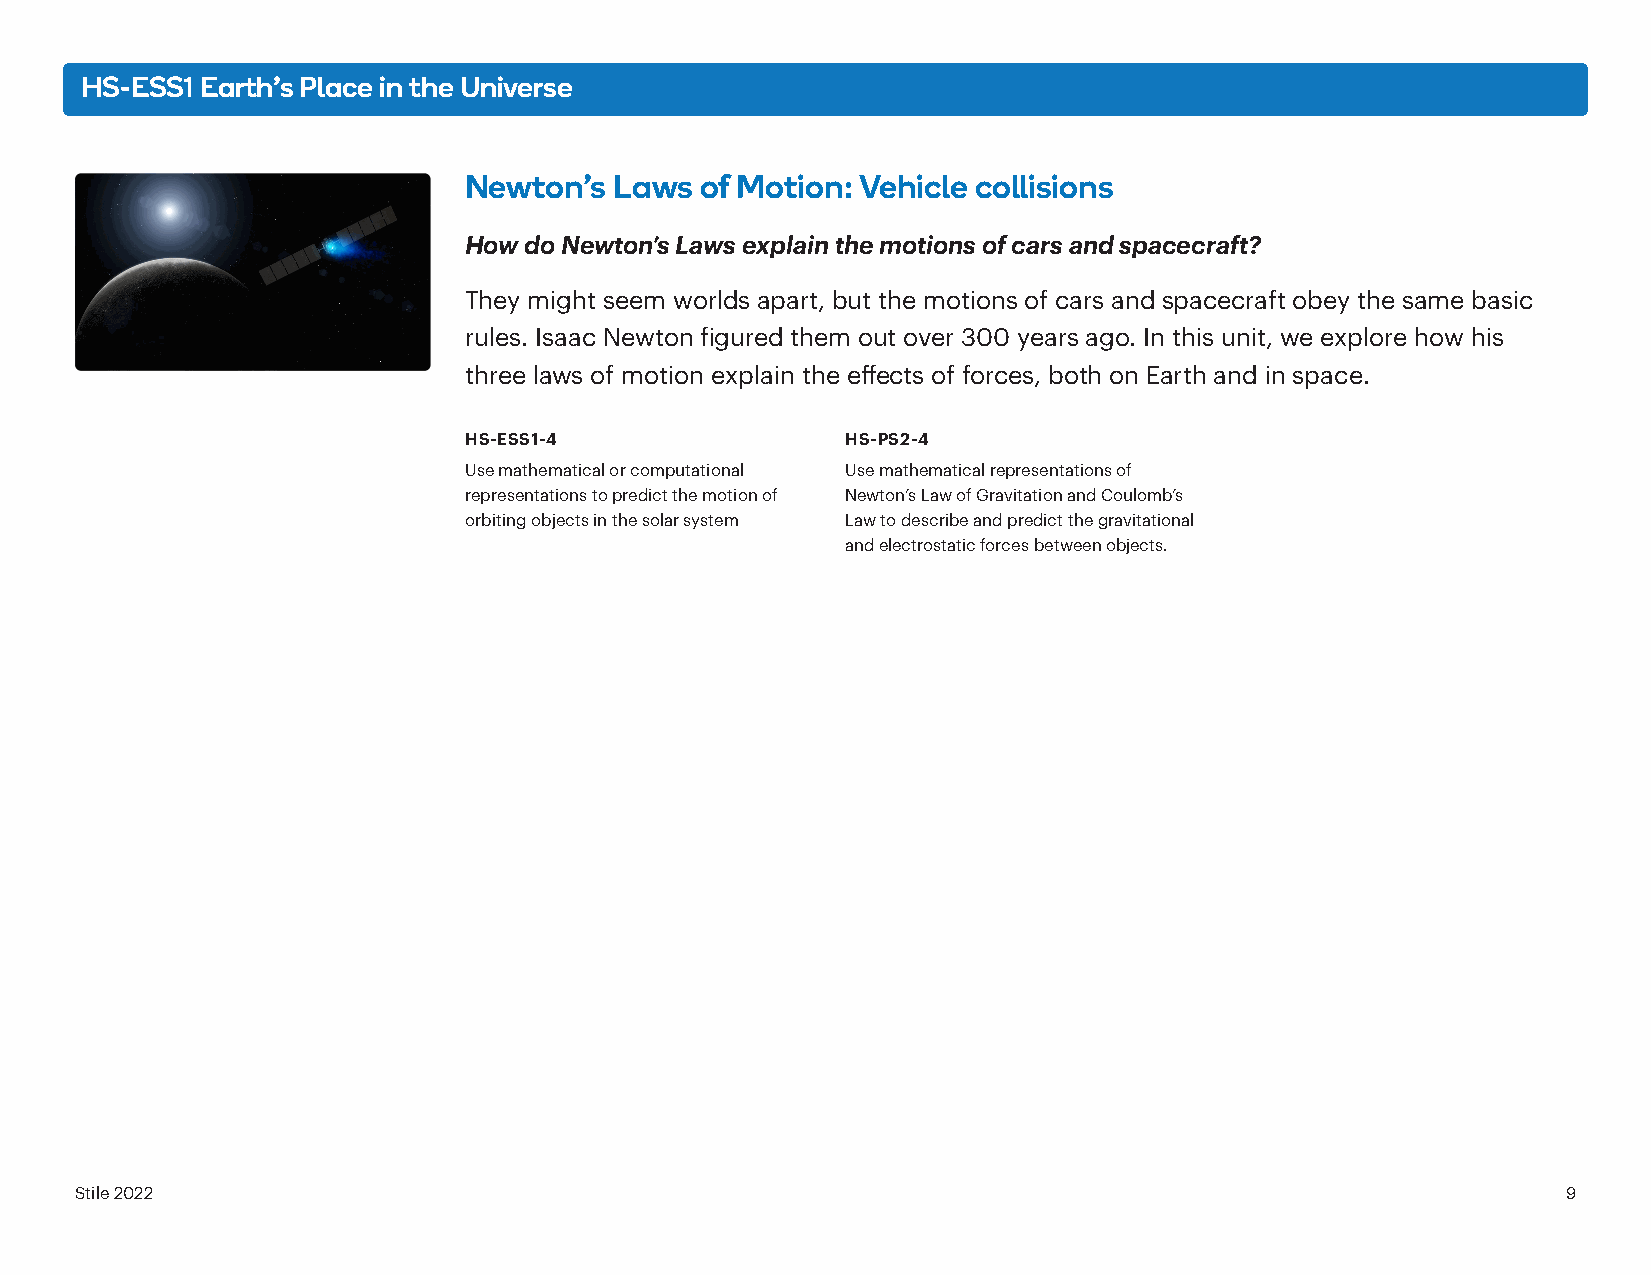
HS-ESS1 Earth’s Place in the Universe
 Newton’s  Laws of Motion: Vehicle collisions
 How do Newton’s Laws explain the motions of cars and spacecraft?
 They might seem worlds apart, but the motions of cars and spacecraft obey the same basic
 rules. Isaac Newton figured them out over 300 years ago. In this unit, we explore how his
 three laws of motion explain the effects of forces, both on Earth and in space.
 HS-ESS1-4                HS-PS2-4
 Use mathematical or computational Use mathematical representations of
 representations to predict the motion of Newton’s Law of Gravitation and Coulomb’s
 orbiting objects in the solar system Law to describe and predict the gravitational
 and electrostatic forces between objects.
 Stile 2022                                                                                         9